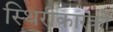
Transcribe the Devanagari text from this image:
स्थिरीकारकों